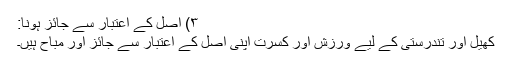
۳) اصل کے اعتبار سے جائز ہونا:
کھیل اور تندرستی کے لیے ورزش اور کسرت اپنی اصل کے اعتبار سے جائز اور مباح ہیں۔